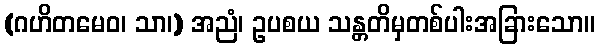
(ဂဟိတမေဝ၊ သာ၊) အညံ၊ ဥပစယ သန္တတိမှတစ်ပါးအခြားသော။